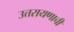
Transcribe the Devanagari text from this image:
उत्तरायणाची